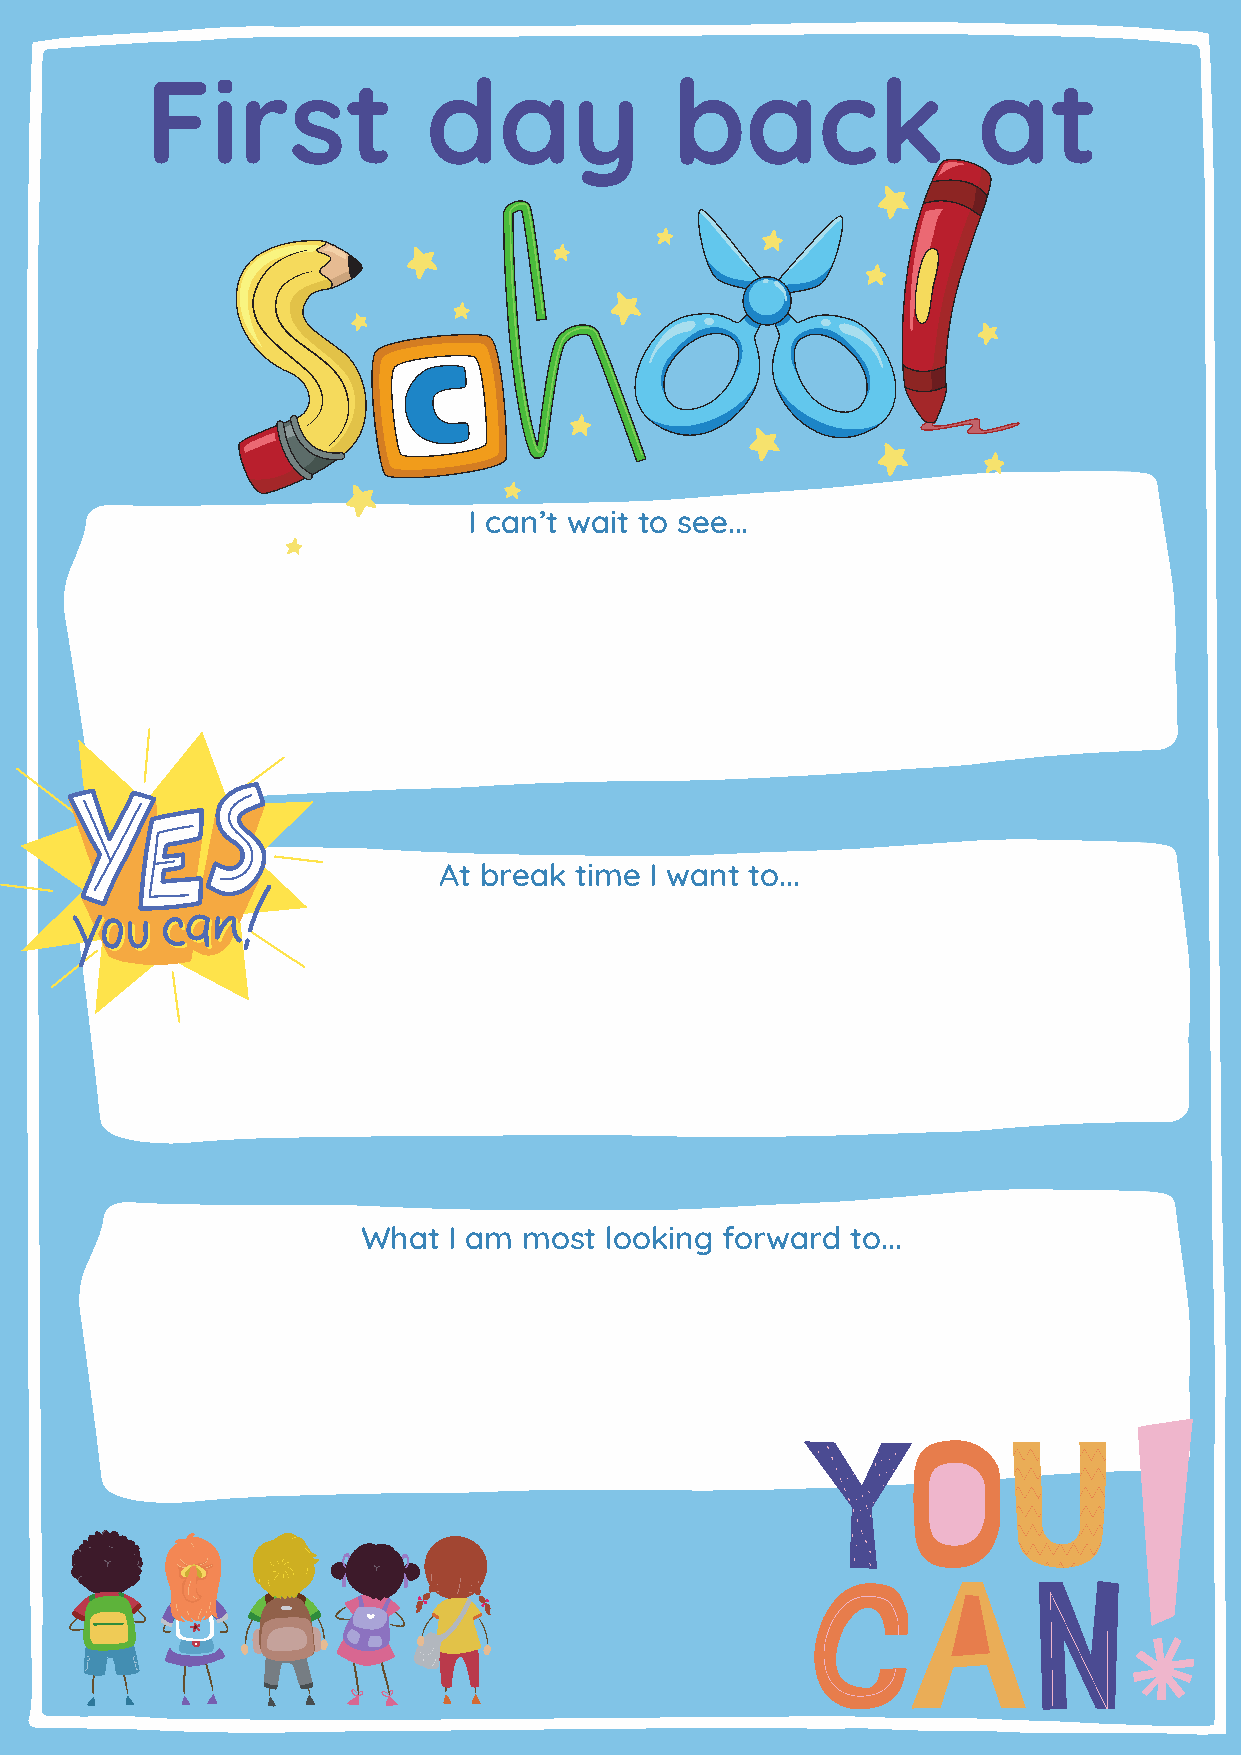
First             day              back                at
 I can’t wait to see...
 At break time I want to...
 What  I am most looking forward to...